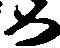
め